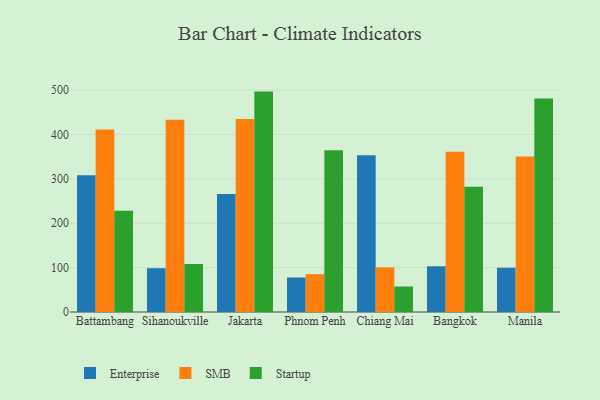
{"axis": {"x": "City", "y": "Humidity (%)"}, "legend": ["Enterprise", "SMB", "Startup"], "data": [{"x": "Battambang", "y": 308.2, "type": "Enterprise"}, {"x": "Battambang", "y": 411.3, "type": "SMB"}, {"x": "Battambang", "y": 228.2, "type": "Startup"}, {"x": "Sihanoukville", "y": 98.6, "type": "Enterprise"}, {"x": "Sihanoukville", "y": 433.0, "type": "SMB"}, {"x": "Sihanoukville", "y": 108.2, "type": "Startup"}, {"x": "Jakarta", "y": 265.8, "type": "Enterprise"}, {"x": "Jakarta", "y": 434.6, "type": "SMB"}, {"x": "Jakarta", "y": 496.5, "type": "Startup"}, {"x": "Phnom Penh", "y": 77.7, "type": "Enterprise"}, {"x": "Phnom Penh", "y": 85.2, "type": "SMB"}, {"x": "Phnom Penh", "y": 364.6, "type": "Startup"}, {"x": "Chiang Mai", "y": 352.9, "type": "Enterprise"}, {"x": "Chiang Mai", "y": 100.5, "type": "SMB"}, {"x": "Chiang Mai", "y": 57.5, "type": "Startup"}, {"x": "Bangkok", "y": 103.0, "type": "Enterprise"}, {"x": "Bangkok", "y": 360.8, "type": "SMB"}, {"x": "Bangkok", "y": 282.3, "type": "Startup"}, {"x": "Manila", "y": 99.7, "type": "Enterprise"}, {"x": "Manila", "y": 350.4, "type": "SMB"}, {"x": "Manila", "y": 481.0, "type": "Startup"}]}